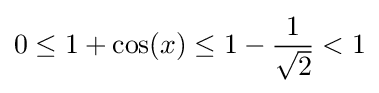
0\leq 1+\cos(x)\leq 1-{\frac {1}{\sqrt {2}}}<1